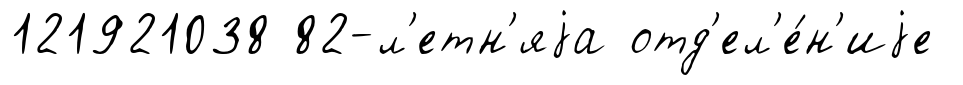
121921038 82-л'етн'яjа отд'ел'е́н'иjе